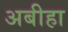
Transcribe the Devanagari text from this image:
अबीहा